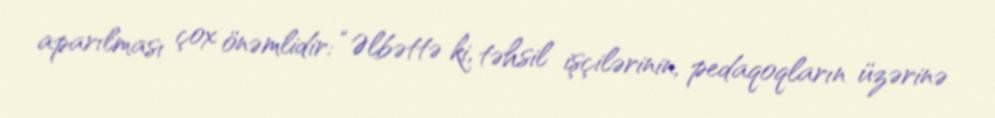
aparılması çox önəmlidir: “Əlbəttə ki, təhsil işçilərinin, pedaqoqların üzərinə